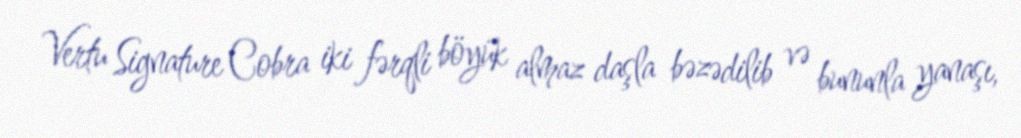
Vertu Signature Cobra iki fərqli böyük almaz daşla bəzədilib və bununla yanaşı,